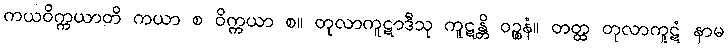
ကယဝိက္ကယာတိ ကယာ စ ဝိက္ကယာ စ။ တုလာကူဋာဒီသု ကူဋန္တိ ဝဉ္စနံ။ တတ္ထ တုလာကူဋံ နာမ